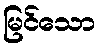
မြင်သော